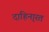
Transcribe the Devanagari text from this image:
दाहिना्रत